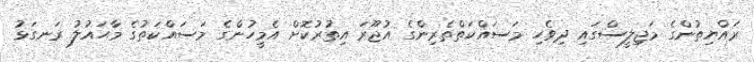
ރައްޔިތުންގެ މަޖިލީސްގައި ދިވެހި މަސައްކަތްތެރިންގެ އުޖޫރަ އިތުރުކޮށް އެމީހުންގެ މަސައްކަތުގެ މާޙައުލު ރަނގަޅު